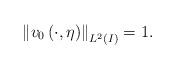
LaTeX: \begin{align*}\left\Vert v_{0}\left( \cdot ,\eta \right) \right\Vert _{L^{2}\left(I\right) }=1. \end{align*}